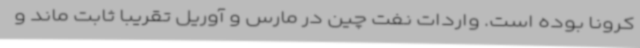
کرونا بوده است. واردات نفت چین در مارس و آوریل تقریبا ثابت ماند و